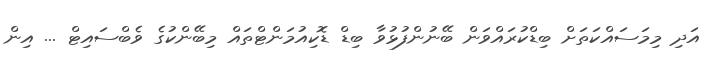
އަދި މިމަސައްކަތަށް ބިޑްކުރައްވަން ބޭނުންފުޅުވާ ބިޑް ޑޮކިއުމަންޓްތައް މިބޭންކުގެ ވެބްސައިޓް ... އިން